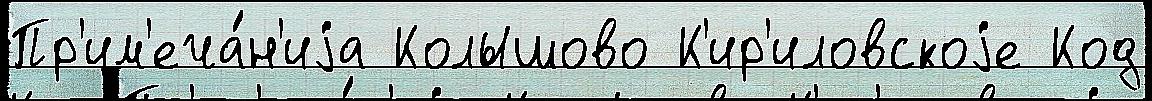
Пр'им'еча́н'иjа Колышово К'ир'иловскоjе Код